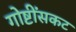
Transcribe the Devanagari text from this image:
गोष्टींसकट